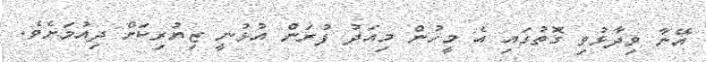
އޭނާ ވިދާޅުވި ގޮތުގައި އެ މީހުން މިއަދު ފުރަން އުޅުނީ ޒިޔުރިކަށް ދިއުމަށެވެ.